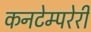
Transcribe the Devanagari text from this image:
कनटेम्परेरी